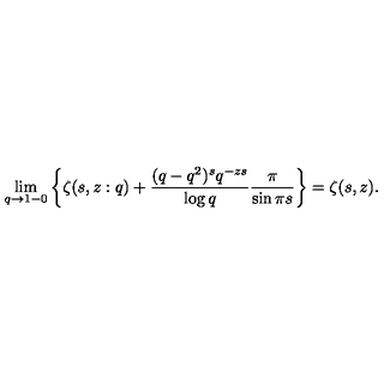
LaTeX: \lim _ { q \to 1 - 0 } \left\{ \zeta ( s , z : q ) + \frac { ( q - q ^ { 2 } ) ^ { s } q ^ { - z s } } { \log q } \frac { \pi } { \sin \pi s } \right\} = \zeta ( s , z ) .